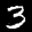
Label: 3